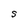
Character: S